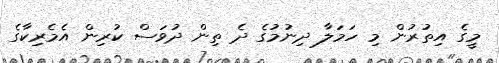
މީގެ އިތުރުން މި ހަމަލާ ދިނުމުގެ ދެ ތިން ދުވަސް ކުރިން އެމެރިކާގެ